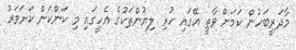
މާދަރީބަހުން ކަމަށް ވާތީ އޭގައި ހުރި ލިޔުންތަކުގެ އެހީގައި މި ކަންކަން ކަށަވަރު